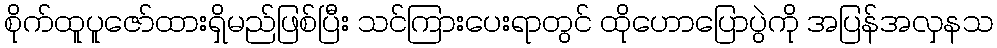
စိုက်ထူပူဇော်ထားရှိမည်ဖြစ်ပြီး သင်ကြားပေးရာတွင် ထိုဟောပြောပွဲကို အပြန်အလှနသ